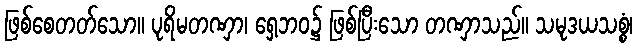
ဖြစ်စေတတ်သော။ ပုရိမတဏှာ၊ ရှေ့ဘဝ၌ ဖြစ်ပြီးသော တဏှာသည်။ သမုဒယသစ္စံ၊